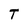
Character: T